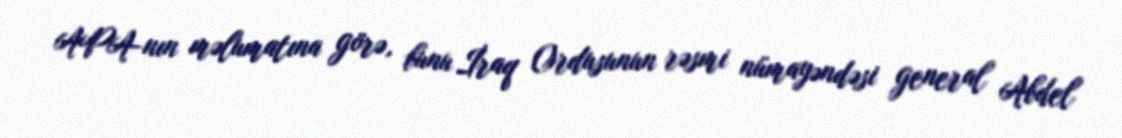
APA-nın məlumatına görə, bunu İraq Ordusunun rəsmi nümayəndəsi general Abdel